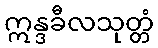
ဣန္ဒခီလသုတ္တံ